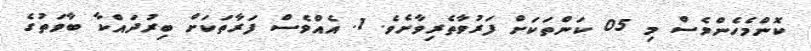
ކޮންމެހެންވެސް މި 05 ކަންތަކަށް ފަރުވާތެރިވާށެވެ. 1. އެއްވެސް ފަރާތަކަށް ބިރުދައްކާ ބާވަތުގެ